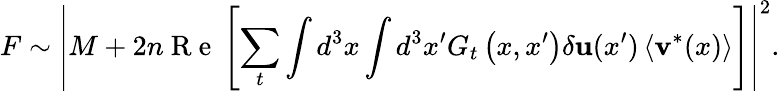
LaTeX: F\sim\left|M+2n\mathrm{~R~e~}\left[\sum_{t}\int d^{3}x\int d^{3}x^{\prime}G_{t}\left(x,x^{\prime}\right)\delta\textbf{u}(x^{\prime})\left<\textbf{v}^{*}(x)\right>\right]\right|^{2}.